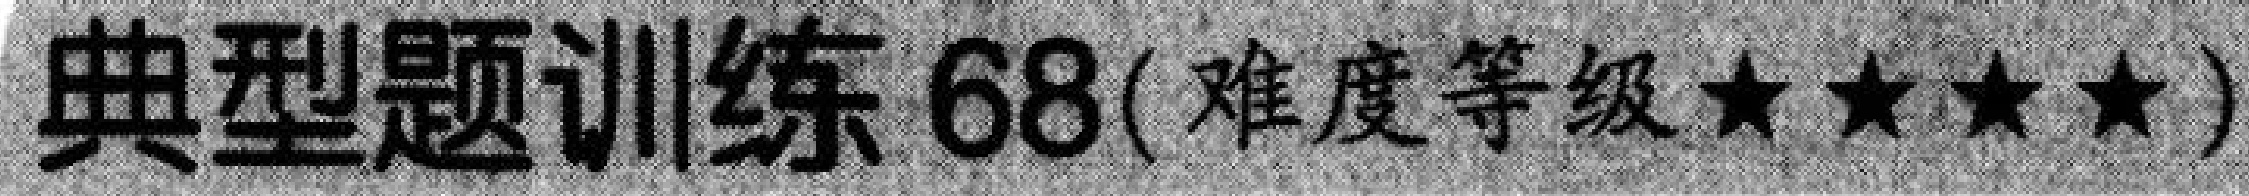
典型题训练 68(难度等级$\star\star\star\star$)